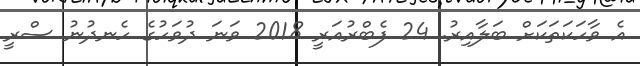
އެ ވާހަކަތަކަށް ބަލާއިރު. 24 ފެބްރުއަރީ 2018 ވަނަ ދުވަހުގެ ހެނދުނު ސްރީ